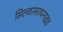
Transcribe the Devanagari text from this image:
सिल्वरसायनाइड